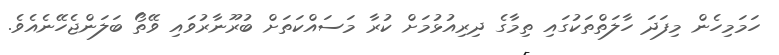
ހަމަމިހެން މިފަދަ ހާލަތްތަކުގައި ތިމާގެ ދިރިއުޅުމަށް ކުރާ މަސައްކަތަށް ބުރޫނާރުވައި ވޭތޯ ބަލަންޖެހޭނެއެވެ.